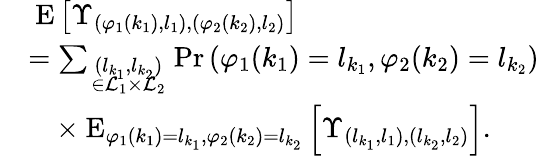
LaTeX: \begin{array}{rl}&{\mathrm{\mathbf~E}\left[\Upsilon_{(\varphi_{1}(k_{1}),l_{1}),(\varphi_{2}(k_{2}),l_{2})}\right]}\\ &{=\sum_{\scriptstyle(l_{k_{1}},l_{k_{2}})\atop{\scriptstyle\in{\cal L}_{1}\times{\cal L}_{2}}}\mathrm{Pr}\left(\varphi_{1}(k_{1})=l_{k_{1}},\varphi_{2}(k_{2})=l_{k_{2}}\right)}\\ &{\quad\times\mathrm{\mathbf~E}_{\varphi_{1}(k_{1})=l_{k_{1}},\varphi_{2}(k_{2})=l_{k_{2}}}\left[\Upsilon_{(l_{k_{1}},l_{1}),(l_{k_{2}},l_{2})}\right].}\end{array}